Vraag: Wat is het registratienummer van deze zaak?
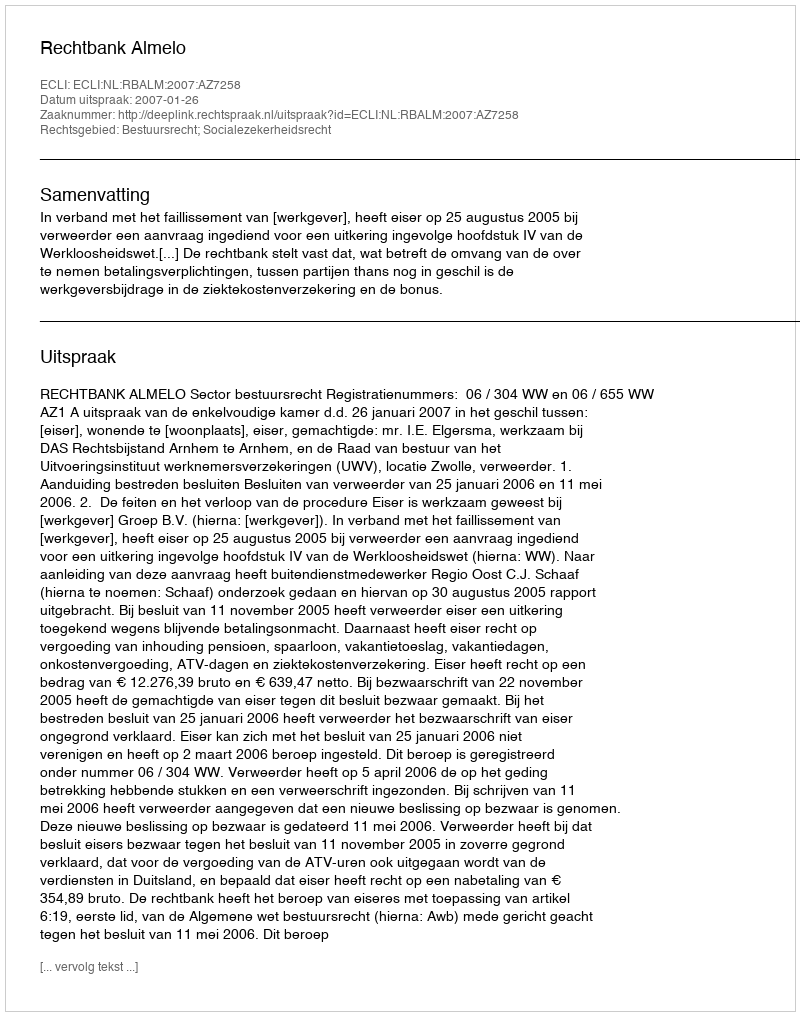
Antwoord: http://deeplink.rechtspraak.nl/uitspraak?id=ECLI:NL:RBALM:2007:AZ7258